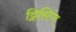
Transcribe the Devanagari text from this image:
ट्विस्टिंग